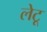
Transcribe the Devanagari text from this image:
लेटू